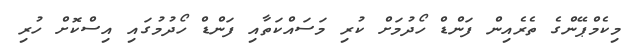
މިކެމްޕޭންގެ ތެރެއިން ފަންޑް ހޯދުމަށް ކުރި މަސައްކަތާއި ފަންޑް ހޯދުމުގައި އިސްކޮށް ހުރި